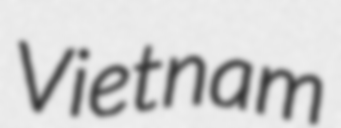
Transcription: Vietnam